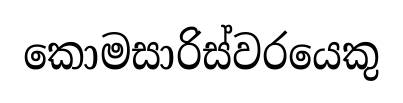
කොමසාරිස්වරයෙකු